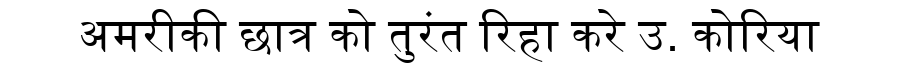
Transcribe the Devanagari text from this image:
अमरीकी छात्र को तुरंत रिहा करे उ. कोरिया